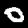
Label: 0